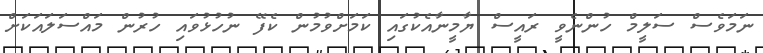
ނަމަވެސް ސަލީމް ހުންނެވީ ރައީސް ޔާމީނާއެކުގައި ކަމަށްވުމުން ކެފޭ ނުހުޅުވައި ހުރުން މައްސަލައަކަށް